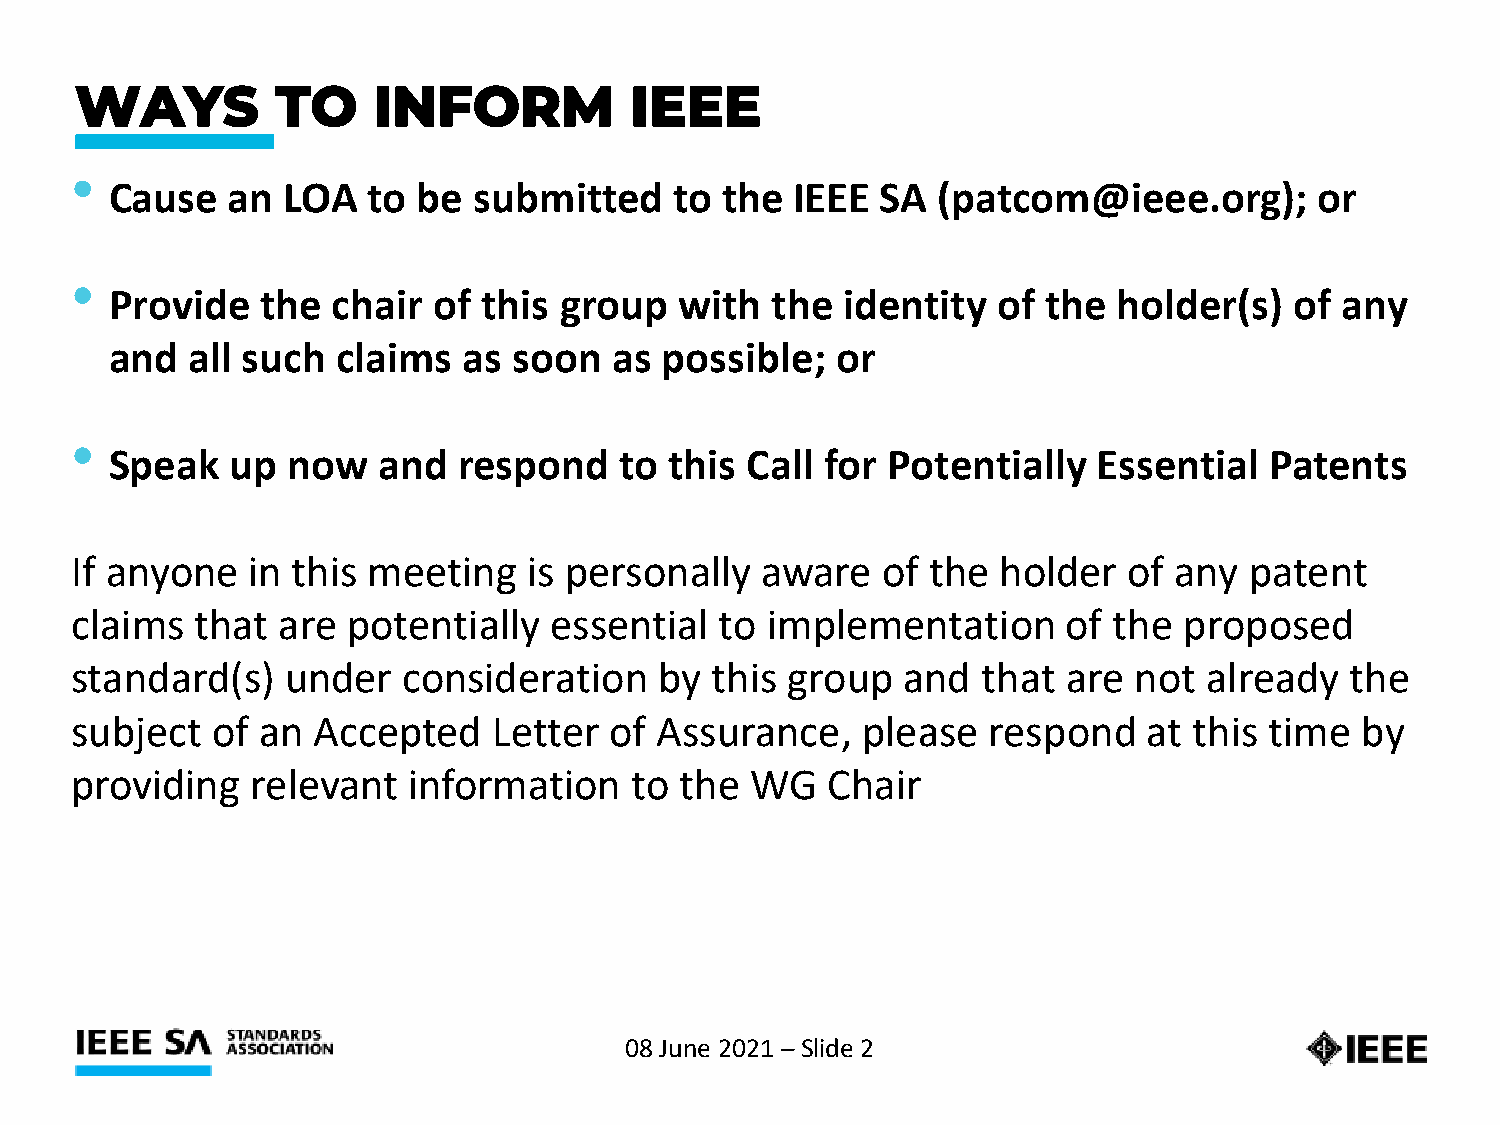
WAYS         TO     INFORM           IEEE
 •
 Cause   an  LOA  to  be submitted     to the  IEEE SA  (patcom@ieee.org);       or
 •
 Provide   the  chair  of this group   with  the  identity  of the  holder(s)   of any
 and  all such  claims   as soon   as possible;  or
 •
 Speak   up  now   and  respond    to this Call  for Potentially   Essential  Patents
 If anyone  in this meeting    is personally  aware   of the  holder   of any  patent
 claims  that are  potentially  essential   to implementation      of the proposed
 standard(s)   under   consideration    by this group   and  that  are not  already  the
 subject  of an  Accepted    Letter of Assurance,    please  respond    at this time  by
 providing   relevant  information    to the  WG   Chair
 08 June 2021 –Slide 2